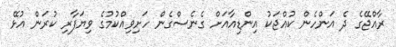
ރާއްޖޭގެ ދެ އަންހެން ކުއްޖަކު އިންޑިއާއަށް ގެނެސްގެން ހަށިވިއްކުމުގެ ވިޔަފާރި ކުރަން އުޅޭ